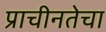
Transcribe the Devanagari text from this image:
प्राचीनतेचा